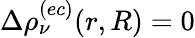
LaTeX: \Delta\rho_{\nu}^{(ec)}(r,R)=0